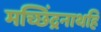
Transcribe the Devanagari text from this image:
मच्छिंद्रनाथहि